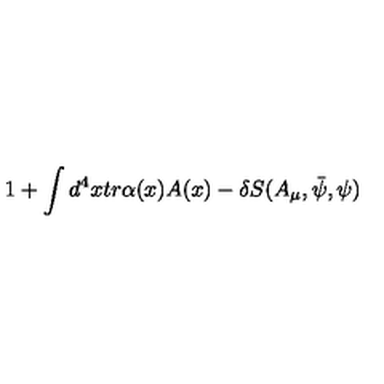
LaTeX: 1 + \int d ^ { 4 } x t r \alpha ( x ) A ( x ) - \delta S ( A _ { \mu } , \bar { \psi } , \psi )